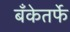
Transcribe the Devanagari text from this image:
बँकेतर्फे